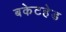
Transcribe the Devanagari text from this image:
बकेटहेड